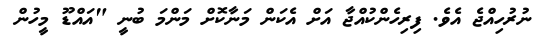
ނުރުހިއްޖެ އެވެ. ފިރިހެންކުއްޖާ އަށް އެކަން މަނާކޮށް މަންމަ ބުނީ "އައްޑޫ މީހުން